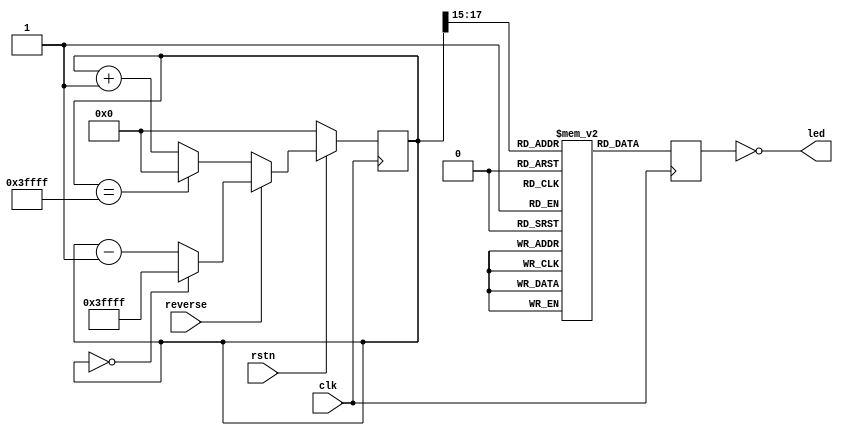
/////////////////////////////////////////////////////////////////////////////
//
// Copyright (C) 2013-2019 Efinix Inc. All rights reserved.
//
// internal_reconfiguration.v
//
// *******************************
// Revisions:
// 1.0 Initial rev
// *******************************
/////////////////////////////////////////////////////////////////////////////

module internal_reconfiguration (led, clk, rstn, reverse);
   parameter DELAY_SIZE = 15;
   parameter WIDTH = 4;
   
   /**
	* DWIDTH is the width of the LED outputs.
	* NUM_PATTERNS is 2xWIDTH.
	* AWIDTH is log2(NUM_PATTERNS).
	* MAX_COUNT is the value where the pattern counter should reset
	**/
   localparam DWIDTH = WIDTH;
   localparam AWIDTH = 4;
   localparam NUM_PATTERNS = 2 * WIDTH;
   localparam MAX_COUNT = NUM_PATTERNS * (2 ** DELAY_SIZE);
   localparam COUNTER_SIZE = AWIDTH + DELAY_SIZE;
         
   output [DWIDTH-1:0] led;
   input 			  clk, rstn, reverse;
		
   wire [AWIDTH-1:0] raddr;
   reg [DWIDTH-1:0]  rdata;

   reg [DWIDTH-1:0]  mem [NUM_PATTERNS-1:0];
   reg [COUNTER_SIZE-1:0] counter = 0;

   integer 			 i;
   reg [DWIDTH-1:0]  init_data;
   initial begin
	  //$monitor("led=%b, raddr=%d, counter=%d", led, raddr, counter);
	  
	  // Initialize the memory with the LED pattern
	  init_data = 0;
      for (i=0;i<NUM_PATTERNS;i=i+1) begin
		 mem[i] = init_data;
		 init_data = {init_data[DWIDTH-2:0], ~init_data[DWIDTH-1]};
	  end
   end 

   // LED ROM
   always @(posedge clk) begin
	  rdata <= mem[raddr];
   end

   // Use the high-order counter bits as the ROM address
   assign raddr = counter[COUNTER_SIZE-1:DELAY_SIZE];

   // Delay counter
   always @(posedge clk) begin
	  if(~rstn)
		counter <= 0;
	  else if(reverse)
		if (counter == 0) counter <= MAX_COUNT-1;
		else counter <= counter - 1;
	  else
		if (counter == MAX_COUNT-1) counter <= 0;
		else counter <= counter + 1;
   end

   // Assign LED values, invert since low enables LED
   assign led = ~rdata;

endmodule // internal_reconfiguration

//////////////////////////////////////////////////////////////////////////////
// Copyright (C) 2013-2019 Efinix Inc. All rights reserved.
//
// This   document  contains  proprietary information  which   is
// protected by  copyright. All rights  are reserved.  This notice
// refers to original work by Efinix, Inc. which may be derivitive
// of other work distributed under license of the authors.  In the
// case of derivative work, nothing in this notice overrides the
// original author's license agreement.  Where applicable, the 
// original license agreement is included in it's original 
// unmodified form immediately below this header.
//
// WARRANTY DISCLAIMER.  
//     THE  DESIGN, CODE, OR INFORMATION ARE PROVIDED AS IS AND 
//     EFINIX MAKES NO WARRANTIES, EXPRESS OR IMPLIED WITH 
//     RESPECT THERETO, AND EXPRESSLY DISCLAIMS ANY IMPLIED WARRANTIES, 
//     INCLUDING, WITHOUT LIMITATION, THE IMPLIED WARRANTIES OF 
//     MERCHANTABILITY, NON-INFRINGEMENT AND FITNESS FOR A PARTICULAR 
//     PURPOSE.  SOME STATES DO NOT ALLOW EXCLUSIONS OF AN IMPLIED 
//     WARRANTY, SO THIS DISCLAIMER MAY NOT APPLY TO LICENSEE.
//
// LIMITATION OF LIABILITY.  
//     NOTWITHSTANDING ANYTHING TO THE CONTRARY, EXCEPT FOR BODILY 
//     INJURY, EFINIX SHALL NOT BE LIABLE WITH RESPECT TO ANY SUBJECT 
//     MATTER OF THIS AGREEMENT UNDER TORT, CONTRACT, STRICT LIABILITY 
//     OR ANY OTHER LEGAL OR EQUITABLE THEORY (I) FOR ANY INDIRECT, 
//     SPECIAL, INCIDENTAL, EXEMPLARY OR CONSEQUENTIAL DAMAGES OF ANY 
//     CHARACTER INCLUDING, WITHOUT LIMITATION, DAMAGES FOR LOSS OF 
//     GOODWILL, DATA OR PROFIT, WORK STOPPAGE, OR COMPUTER FAILURE OR 
//     MALFUNCTION, OR IN ANY EVENT (II) FOR ANY AMOUNT IN EXCESS, IN 
//     THE AGGREGATE, OF THE FEE PAID BY LICENSEE TO EFINIX HEREUNDER 
//     (OR, IF THE FEE HAS BEEN WAIVED, $100), EVEN IF EFINIX SHALL HAVE 
//     BEEN INFORMED OF THE POSSIBILITY OF SUCH DAMAGES.  SOME STATES DO 
//     NOT ALLOW THE EXCLUSION OR LIMITATION OF INCIDENTAL OR 
//     CONSEQUENTIAL DAMAGES, SO THIS LIMITATION AND EXCLUSION MAY NOT 
//     APPLY TO LICENSEE.
//
/////////////////////////////////////////////////////////////////////////////